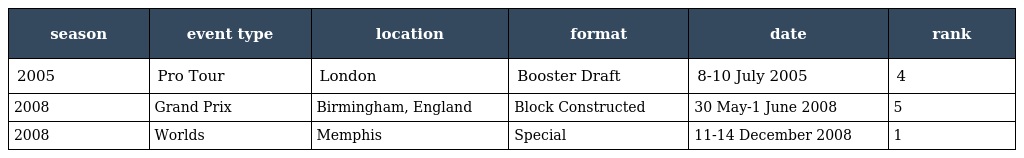
| season | event type | location | format | date | rank |
 | --- | --- | --- | --- | --- | --- |
 | 2005 | Pro Tour | London | Booster Draft | 8-10 July 2005 | 4 |
 | 2008 | Grand Prix | Birmingham, England | Block Constructed | 30 May-1 June 2008 | 5 |
 | 2008 | Worlds | Memphis | Special | 11-14 December 2008 | 1 |